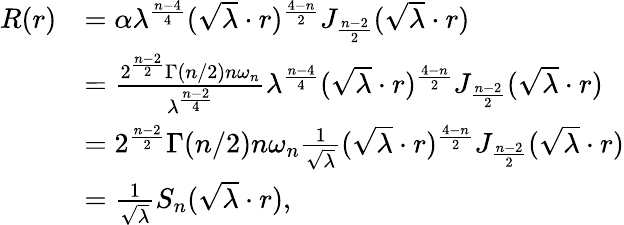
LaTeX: \begin{array}{rl}{R(r)}&{=\alpha\lambda^{\frac{n-4}{4}}(\sqrt{\lambda}\cdot r)^{\frac{4-n}{2}}J_{\frac{n-2}{2}}(\sqrt{\lambda}\cdot r)}\\ &{=\frac{2^{\frac{n-2}{2}}\Gamma(n/2)n\omega_{n}}{\lambda^{\frac{n-2}{4}}}\lambda^{\frac{n-4}{4}}(\sqrt{\lambda}\cdot r)^{\frac{4-n}{2}}J_{\frac{n-2}{2}}(\sqrt{\lambda}\cdot r)}\\ &{=2^{\frac{n-2}{2}}\Gamma(n/2)n\omega_{n}\frac{1}{\sqrt{\lambda}}(\sqrt{\lambda}\cdot r)^{\frac{4-n}{2}}J_{\frac{n-2}{2}}(\sqrt{\lambda}\cdot r)}\\ &{=\frac{1}{\sqrt{\lambda}}S_{n}(\sqrt{\lambda}\cdot r),}\end{array}